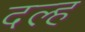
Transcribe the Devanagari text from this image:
दल्ह